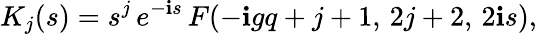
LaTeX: K_{j}(s)=s^{j}\, e^{-\mathbf{i}s}\, F(-\mathbf{i}gq+j+1,\, 2j+2,\, 2\mathbf{i}s),